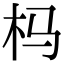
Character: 杩